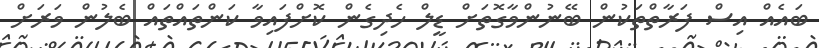
ބައެއް އިސް ފަރާތްތަކުން ބޭނުންވާގޮތަށް ޑީލް ހެދިގެން ކޮށްފައިވާ ކަންތައްތައް ބެލުން ވަރަށް